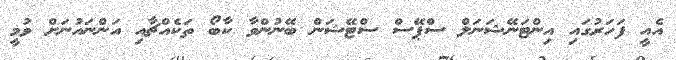
އެއީ ފަހަރުގައި އިންޓަނޭޝަނަލް ސްޕޭސް ސްޓޭޝަން ބޭނުންވާ ކާބޯ ތަކެއްޗާއި އަންނައުނަށް ވުމީ